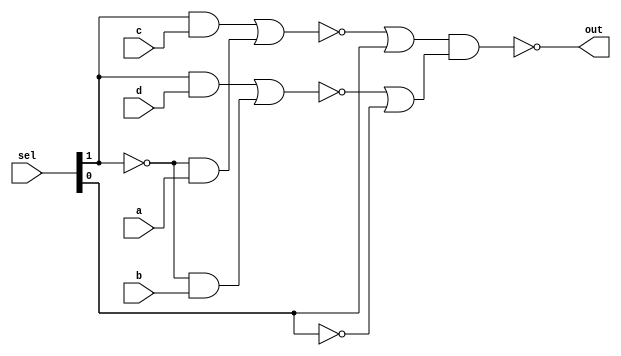
module mux4to1( input  a, b, c, d,
                input [1:0] sel,
                output out );

  wire out, t0, t1;
  assign out = ~( (t0 | sel[0]) & (t1 | ~sel[0]) );
  assign t1  = ~( (sel[1] & d) | (~sel[1] & b) );
  assign t0  = ~( (sel[1] & c) | (~sel[1] & a) );

endmodule